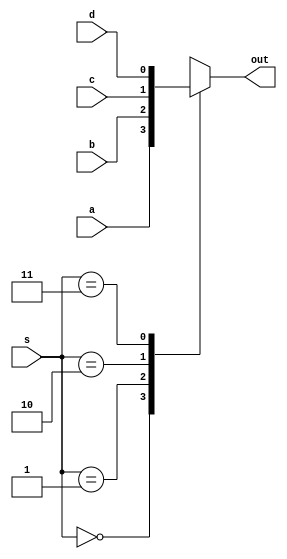
`timescale 1ns / 1ps
//////////////////////////////////////////////////////////////////////////////////
// Company: 
// Engineer: 
// 
// Design Name: 
// Module Name: multiplexer
// Project Name: 
// Target Devices: 
// Tool Versions: 
// Description: 
// 
// Dependencies: 
// 
// Revision:
// Revision 0.01 - File Created
// Additional Comments:
// 
//////////////////////////////////////////////////////////////////////////////////


module multiplexer(
input a,b,c,d,
input [1:0] s,
output reg out

    );
always @(*)
case(s)
2'b00:out=a;
2'b01:out=b;
2'b10:out=c;
2'b11:out=d;
endcase
endmodule